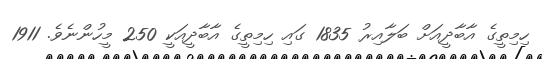
ހިމިތީގެ އާބާދީއަށް ބަލާއިރު 1835 ގައި ހިމިތީގެ އާބާދީއަކީ 250 މީހުންނެވެ. 1911